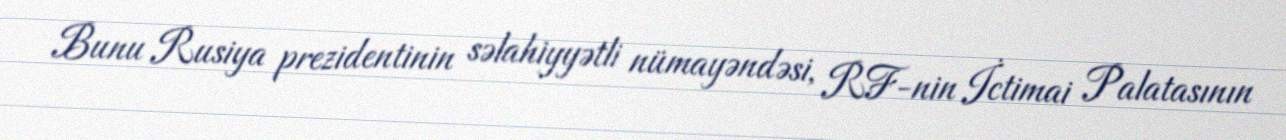
Bunu Rusiya prezidentinin səlahiyyətli nümayəndəsi, RF-nin İctimai Palatasının